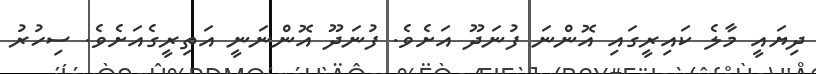
ދިޔައީ މާލެ ކައިރީގައި އޮންނަ ފުނަދޫ އަށެވެ. ފުނަދޫ އޮންނަނީ އަތިރީގެއަށެވެ. ސިހުރު